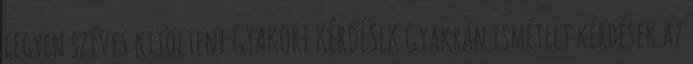
legyen szíves kitölteni GYAKORI KÉRDÉSEK Gyakran ismételt kérdések az